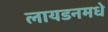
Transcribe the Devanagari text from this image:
लायडनमधे